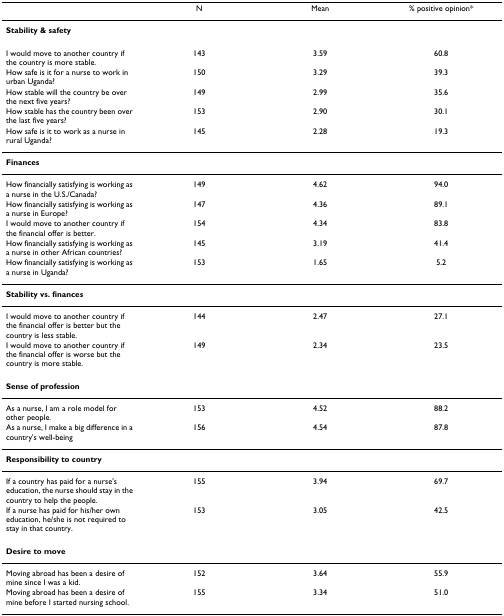
<table><thead><tr><td></td><td><b>N</b></td><td><b>Mean</b></td><td><b>% positive opinion*</b></td></tr></thead><tbody><tr><td colspan="4"><b>Stability &amp; safety</b></td></tr><tr><td>I would move to another country if the country is more stable.</td><td>143</td><td>3.59</td><td>60.8</td></tr><tr><td>How safe is it for a nurse to work in urban Uganda?</td><td>150</td><td>3.29</td><td>39.3</td></tr><tr><td>How stable will the country be over the next five years?</td><td>149</td><td>2.99</td><td>35.6</td></tr><tr><td>How stable has the country been over the last five years?</td><td>153</td><td>2.90</td><td>30.1</td></tr><tr><td>How safe is it to work as a nurse in rural Uganda?</td><td>145</td><td>2.28</td><td>19.3</td></tr><tr><td colspan="4"><b>Finances</b></td></tr><tr><td>How financially satisfying is working as a nurse in the U.S./Canada?</td><td>149</td><td>4.62</td><td>94.0</td></tr><tr><td>How financially satisfying is working as a nurse in Europe?</td><td>147</td><td>4.36</td><td>89.1</td></tr><tr><td>I would move to another country if the financial offer is better.</td><td>154</td><td>4.34</td><td>83.8</td></tr><tr><td>How financially satisfying is working as a nurse in other African countries?</td><td>145</td><td>3.19</td><td>41.4</td></tr><tr><td>How financially satisfying is working as a nurse in Uganda?</td><td>153</td><td>1.65</td><td>5.2</td></tr><tr><td colspan="4"><b>Stability vs. finances</b></td></tr><tr><td>I would move to another country if the financial offer is better but the country is less stable.</td><td>144</td><td>2.47</td><td>27.1</td></tr><tr><td>I would move to another country if the financial offer is worse but the country is more stable.</td><td>149</td><td>2.34</td><td>23.5</td></tr><tr><td colspan="4"><b>Sense of profession</b></td></tr><tr><td>As a nurse, I am a role model for other people.</td><td>153</td><td>4.52</td><td>88.2</td></tr><tr><td>As a nurse, I make a big difference in a country&#x27;s well-being</td><td>156</td><td>4.54</td><td>87.8</td></tr><tr><td colspan="4"><b>Responsibility to country</b></td></tr><tr><td>If a country has paid for a nurse&#x27;s education, the nurse should stay in the country to help the people.</td><td>155</td><td>3.94</td><td>69.7</td></tr><tr><td>If a nurse has paid for his/her own education, he/she is not required to stay in that country.</td><td>153</td><td>3.05</td><td>42.5</td></tr><tr><td colspan="4"><b>Desire to move</b></td></tr><tr><td>Moving abroad has been a desire of mine since I was a kid.</td><td>152</td><td>3.64</td><td>55.9</td></tr><tr><td>Moving abroad has been a desire of mine before I started nursing school.</td><td>155</td><td>3.34</td><td>51.0</td></tr></tbody></table>